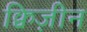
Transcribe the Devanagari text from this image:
क्विज़ीन